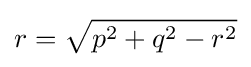
r={\sqrt {p^{2}+q^{2}-r^{2}}}